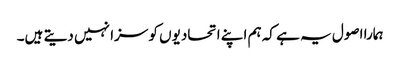
ہمارا اصول یہ ہے کہ ہم اپنے اتحادیوں کو سزا نہیں دیتے ہیں۔